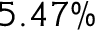
5 . 4 7 \%